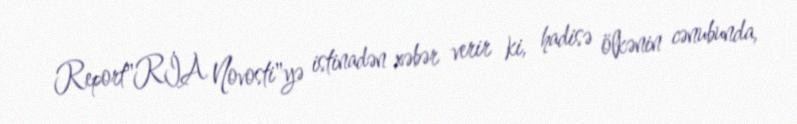
Report"RİA Novosti"yə istinadən xəbər verir ki, hadisə ölkənin cənubunda,